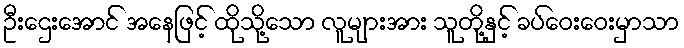
ဦးဌေးအောင် အနေဖြင့် ထိုသို့သော လူများအား သူတို့နှင့် ခပ်ဝေးဝေးမှာသာ